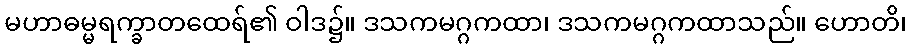
မဟာဓမ္မရက္ခာတထေရ်၏ ဝါဒ၌။ ဒသကမဂ္ဂကထာ၊ ဒသကမဂ္ဂကထာသည်။ ဟောတိ၊